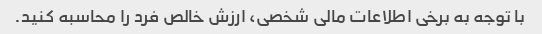
با توجه به برخی اطلاعات مالی شخصی، ارزش خالص فرد را محاسبه کنید.